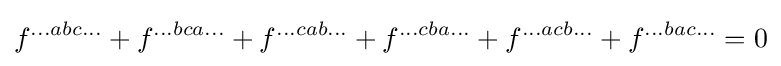
f^{...abc...}+f^{...bca...}+f^{...cab...}+f^{...cba...}+f^{...acb...}+f^{...bac...}=0